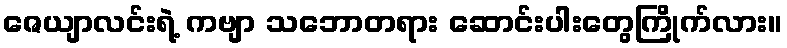
ဇေယျာလင်းရဲ့ ကဗျာ သဘောတရား ဆောင်းပါးတွေကြိုက်လား။